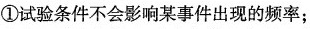
①试验条件不会影响某事件出现的频率；